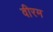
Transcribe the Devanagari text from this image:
वीरम